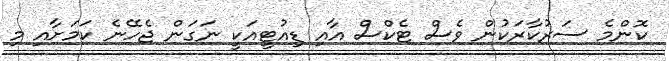
ކޮންމެ ސަރުކާރަކުން ވެސް ޓެކްސް އާއި ޑިއުޓީއަކީ ނަގަން ޖެހޭނެ ކަމަށާއި މި